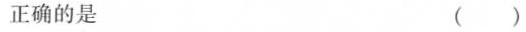
正确的是 ( )